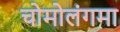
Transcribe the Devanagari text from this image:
चोमोलंगमा